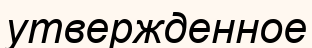
утвержденное